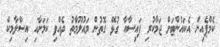
ކެމްޕެއިން އެކައުންޓަށް ޖަމާކުރި ފައިސާއާ ގުޅޭ ގޮތުން މައުލޫމާތު ދެއްވި ކަމަށާއި އިސްލާމިކް